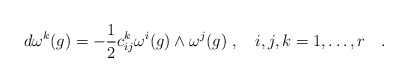
\begin{align*}d\omega^k(g)=-\frac{1}{2}c_{ij}^k \omega^i(g) \wedge \omega^j(g)\; , \quad i,j,k=1,\ldots,r \quad .\end{align*}